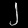
Digit: ၂